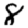
Digit: 8